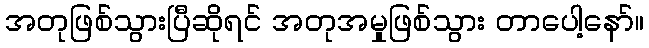
အတုဖြစ်သွားပြီဆိုရင် အတုအမှုဖြစ်သွား တာပေါ့နော်။